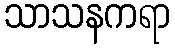
သာသနကရာ